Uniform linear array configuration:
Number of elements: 4
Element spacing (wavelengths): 0.5
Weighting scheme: hamming
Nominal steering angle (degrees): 60
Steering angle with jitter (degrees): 58.27
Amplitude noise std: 0.05
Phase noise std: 0.05

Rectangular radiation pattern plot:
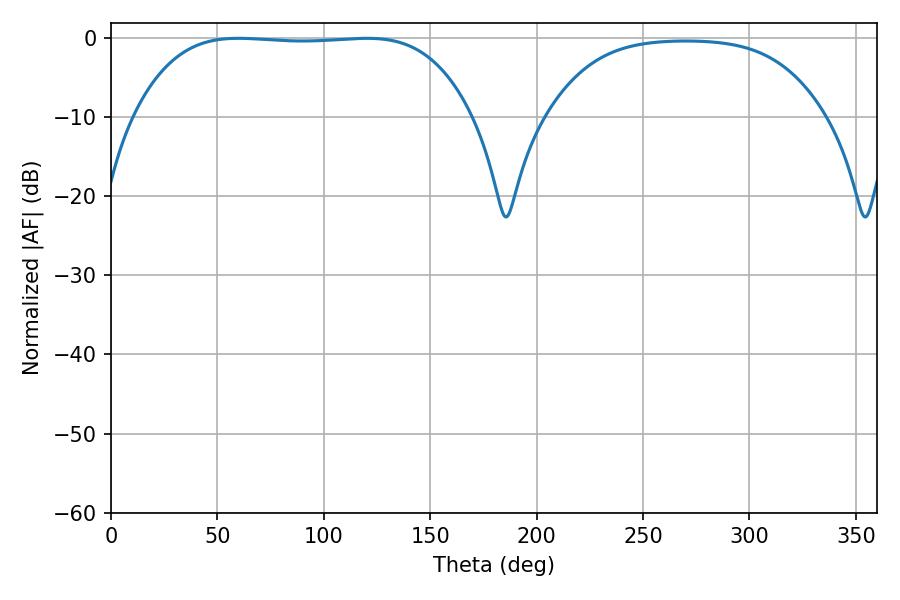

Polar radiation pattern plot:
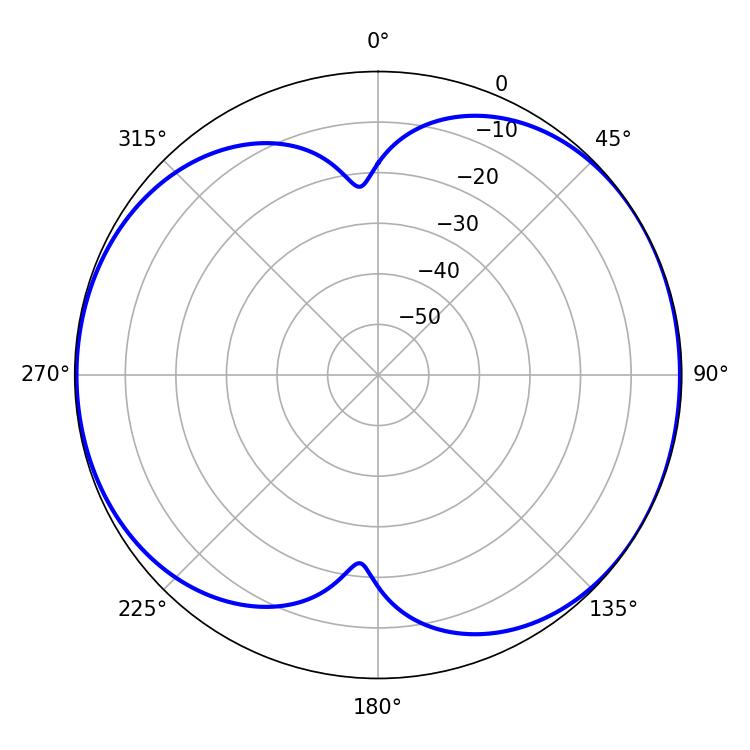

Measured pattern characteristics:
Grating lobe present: FALSE
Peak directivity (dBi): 6.621
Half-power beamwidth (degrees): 123.48
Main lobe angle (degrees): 59.76